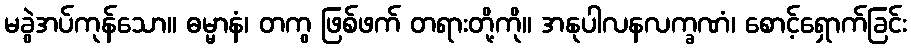
မခွဲအပ်ကုန်သော။ ဓမ္မာနံ၊ တကွ ဖြစ်ဖက် တရားတို့ကို။ အနုပါလနလက္ခဏံ၊ စောင့်ရှောက်ခြင်း